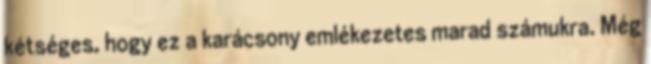
kétséges, hogy ez a karácsony emlékezetes marad számukra. Még